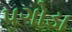
પગોડા